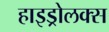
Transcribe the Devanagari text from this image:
हाइड्रोलक्स